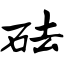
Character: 砝